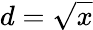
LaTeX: d=\sqrt{x}